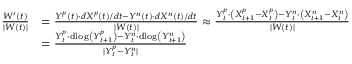
\begin{array} { r l } { \frac { W ^ { \prime } ( t ) } { \lvert W ( t ) \rvert } } & { = \frac { Y ^ { p } ( t ) \cdot d X ^ { p } ( t ) / d t - Y ^ { n } ( t ) \cdot d X ^ { n } ( t ) / d t } { \lvert W ( t ) \rvert } \approx \frac { Y _ { t } ^ { p } \cdot \left( X _ { t + 1 } ^ { p } - X _ { t } ^ { p } \right) - Y _ { t } ^ { n } \cdot \left( X _ { t + 1 } ^ { n } - X _ { t } ^ { n } \right) } { \lvert W ( t ) \rvert } } \\ & { = \frac { Y _ { t } ^ { p } \cdot \mathrm { d l o g } \left( Y _ { t + 1 } ^ { p } \right) - Y _ { t } ^ { n } \cdot \mathrm { d l o g } \left( Y _ { t + 1 } ^ { n } \right) } { \lvert Y _ { t } ^ { p } - Y _ { t } ^ { n } \rvert } } \end{array}